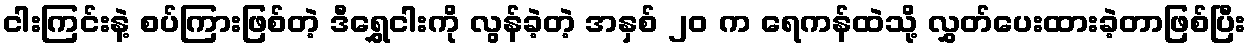
ငါးကြင်းနဲ့ စပ်ကြားဖြစ်တဲ့ ဒီရွှေငါးကို လွန်ခဲ့တဲ့ အနှစ် ၂၀ က ရေကန်ထဲသို့ လွှတ်ပေးထားခဲ့တာဖြစ်ပြီး